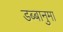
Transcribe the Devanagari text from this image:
डब्बानुमा